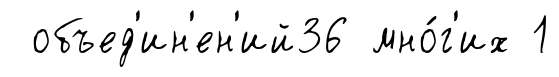
объед'ин'ен'ий36 мно́г'их 1